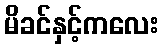
မိခင်နှင့်ကလေး